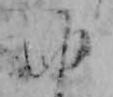
ゆ